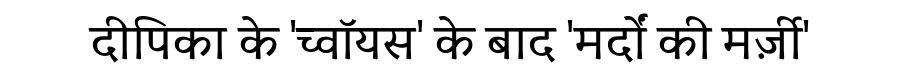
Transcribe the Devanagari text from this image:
दीपिका के 'च्वॉयस' के बाद 'मर्दों की मर्ज़ी'